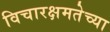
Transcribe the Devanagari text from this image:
विचारक्षमतेच्या